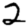
Digit: 2